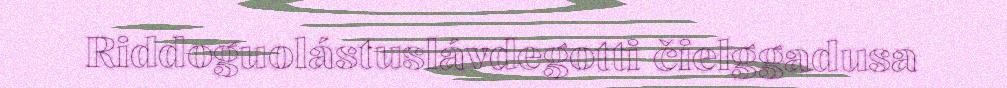
Riddoguolástuslávdegotti čielggadusa